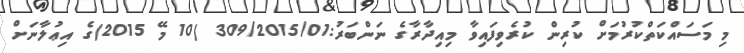
މި މަސައްކަތްކުރުމަށް ކުރިން ކުރެވިފައިވާ މިއިދާރާގެ ނަންބަރު:309/2015/01 (10 މޭ 2015)ގެ އިޢުލާނަށް